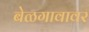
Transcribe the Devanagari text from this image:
बेळगावावर